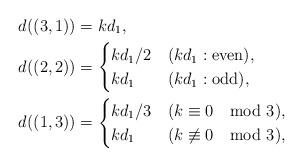
LaTeX: \begin{align*}d((3,1))&=kd_1,\\d((2,2))&=\begin{cases}kd_1/2& (kd_1: \textrm{even}),\\kd_1& (kd_1: \textrm{odd}),\end{cases}\\d((1,3))&=\begin{cases}kd_1/3& (k\equiv 0 \mod 3),\\kd_1&(k\not\equiv 0 \mod 3),\end{cases}\end{align*}